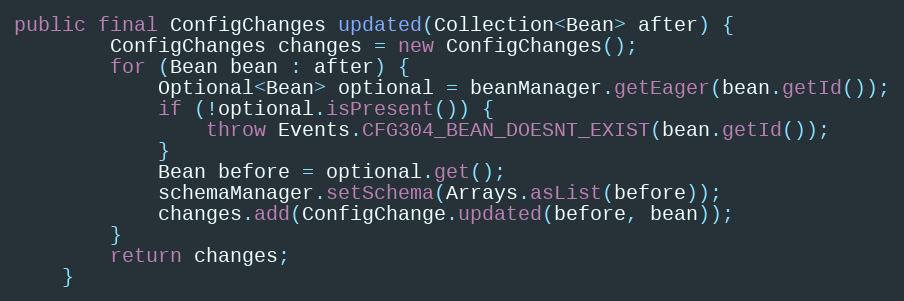
Language: Java
public final ConfigChanges updated(Collection<Bean> after) {
        ConfigChanges changes = new ConfigChanges();
        for (Bean bean : after) {
            Optional<Bean> optional = beanManager.getEager(bean.getId());
            if (!optional.isPresent()) {
                throw Events.CFG304_BEAN_DOESNT_EXIST(bean.getId());
            }
            Bean before = optional.get();
            schemaManager.setSchema(Arrays.asList(before));
            changes.add(ConfigChange.updated(before, bean));
        }
        return changes;
    }